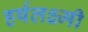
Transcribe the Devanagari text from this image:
हर्षलक्ष्मी